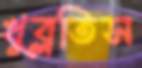
খুব্‌লতিস